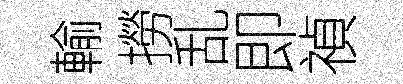
輸撈乱即禎